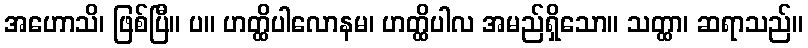
အဟောသိ၊ ဖြစ်ပြီ။ ပ။ ဟတ္ထိပါလောနမ၊ ဟတ္ထိပါလ အမည်ရှိသော။ သတ္ထာ၊ ဆရာသည်။